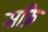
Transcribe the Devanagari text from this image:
सक्रि